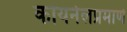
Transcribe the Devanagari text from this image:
कोयनेलप्रमाणे